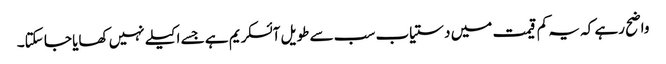
واضح رہے کہ یہ کم قیمت میں دستیاب سب سے طویل آئسکریم ہے جسے اکیلے نہیں کھایا جا سکتا۔